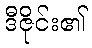
ဒီဇိုင်း၏